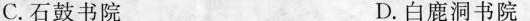
C.石鼓书院 D.白鹿洞书院